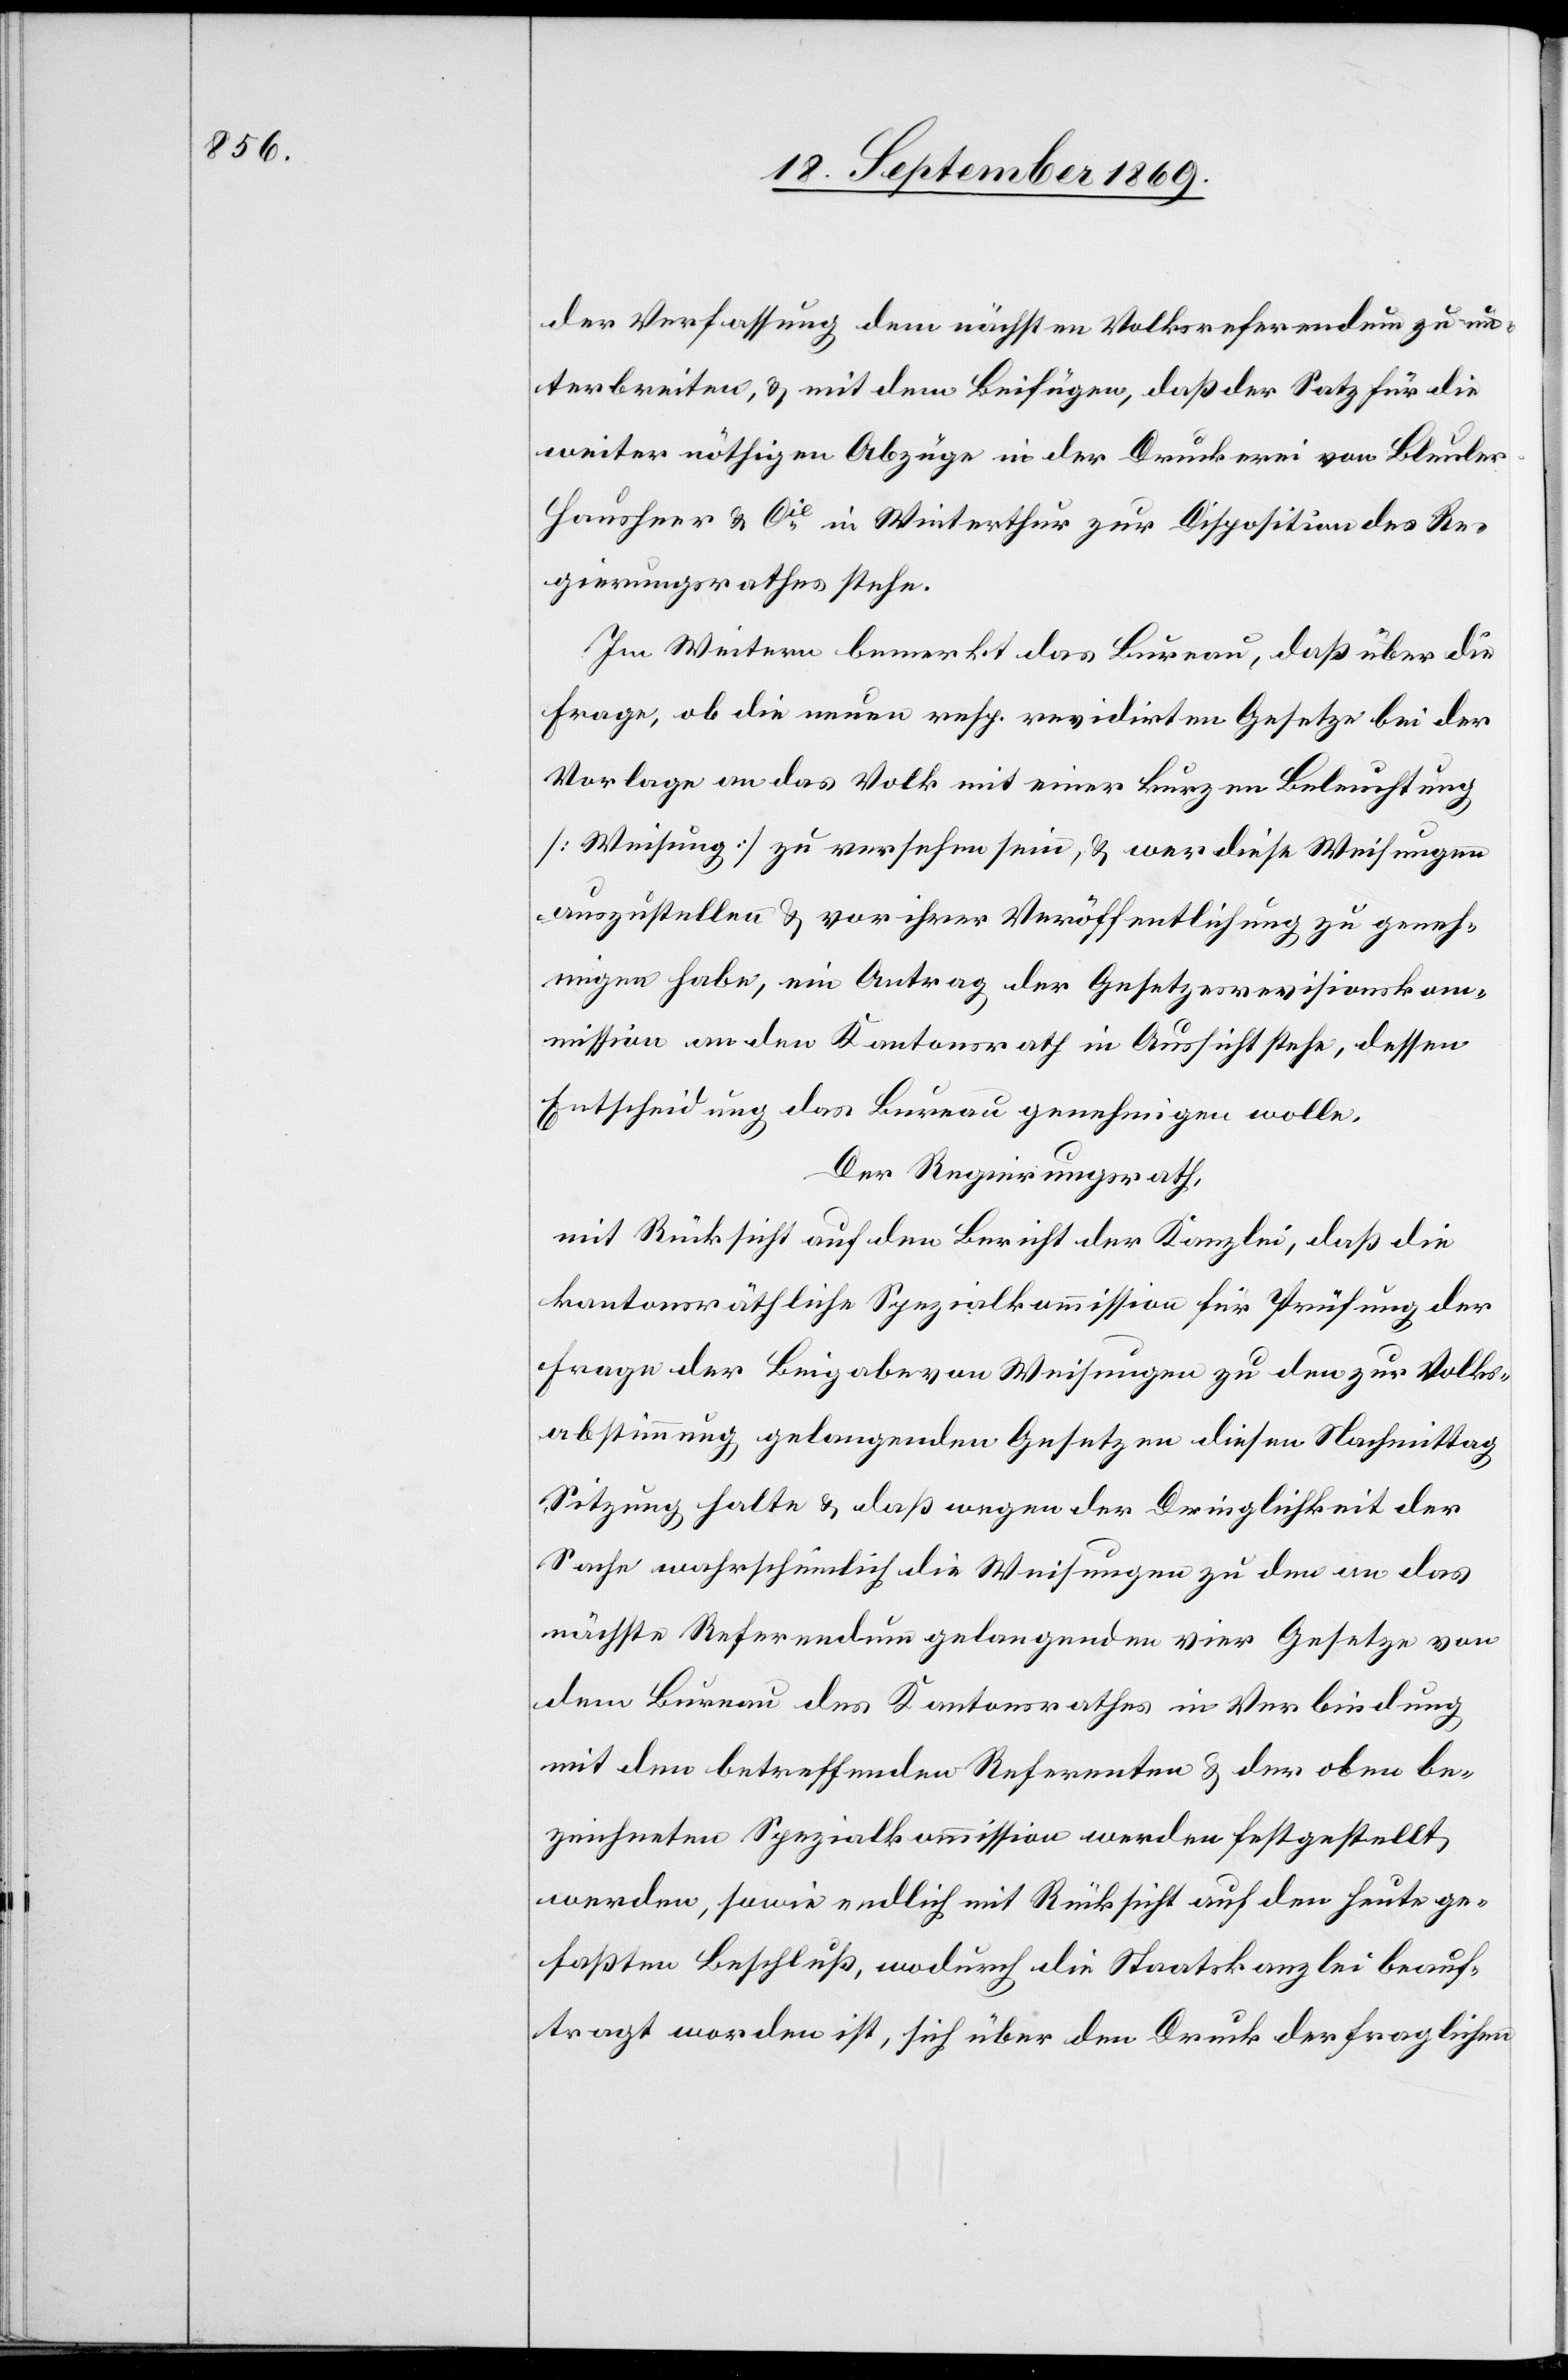
der Verfassung dem nächsten Volksreferendum zu un¬
terbreiten, & mit dem Beifügen, daß der Satz für die
weiter nöthigen Abzüge in der Druckerei von Bleule¬
r-Hausheer & Cie in Winterthur zur Disposition des Re¬
gierungsrathes stehe.
Im Weitern bemerkt das Bureau, daß über die
Frage, ob die neuen resp. revidirten Gesetze bei der
Vorlage an das Volk mit einer kurzen Beleuchtung
[Weisung] zu versehen sei[e]n, & wer diese Weisungen
auszustellen & vor ihrer Veröffentlichung zu geneh¬
migen habe, ein Antrag der Gesetzesrevisionskom¬
mission an den Kantonsrath in Aussicht stehe, dessen
Entscheidung das Bureau genehmigen wolle.
Der Regierungsrath,
mit Rücksicht auf den Bericht der Kanzlei, daß die
kantonsräthliche Spezialkommission für Prüfung der
Frage der Beigabe von Weisungen zu den zur Volks¬
abstimmung gelangenden Gesetzen diesen Nachmittag
Sitzung halte & daß wegen der Dringlichkeit der
Sache wahrscheinlich die Weisungen zu den an das
nächste Referendum gelangenden vier Gesetze von
dem Bureau des Kantonsrathes in Verbindung
mit den betreffenden Referenten & der oben be¬
zeichneten Spezialkommission werden festgestellt
werden, sowie endlich mit Rücksicht auf den heute ge¬
faßten Beschluß, wodurch die Staatskanzlei beauf¬
tragt worden ist, sich über den Druck der fraglichen